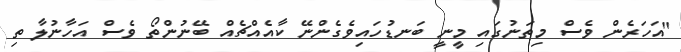
"އަހަރެން ވެސް މިތަނުގައި މީނީ ބަނޑުހައިވެގެންނޭ ކާއެއްޗެއް ބޭނުންތޯ ވެސް އަހާނުލާ ތި